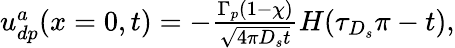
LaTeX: \begin{array}{r}{u_{dp}^{a}(x=0,t)=-\frac{\Gamma_{p}(1-\chi)}{\sqrt{4\pi D_{s}t}}H(\tau_{D_{s}}\pi-t),}\end{array}